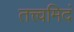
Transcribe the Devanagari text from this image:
तत्त्वमिदं